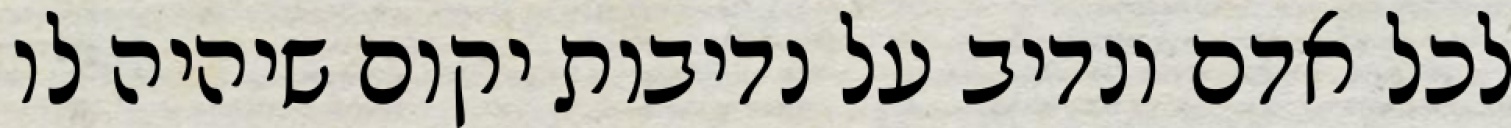
לכל אדם ונדיב על נדיבות יקום שיהיה לו